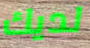
لديك